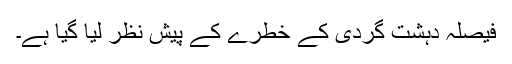
فیصلہ دہشت گردی کے خطرے کے پیش نظر لیا گیا ہے۔